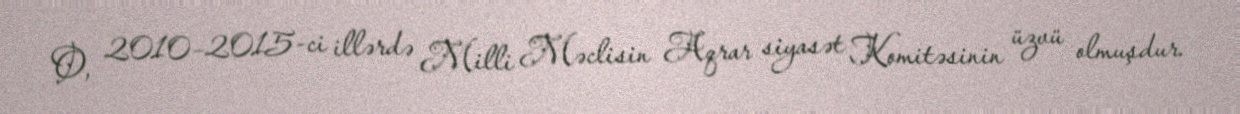
O, 2010–2015-ci illərdə Milli Məclisin Aqrar siyasət Komitəsinin üzvü olmuşdur.